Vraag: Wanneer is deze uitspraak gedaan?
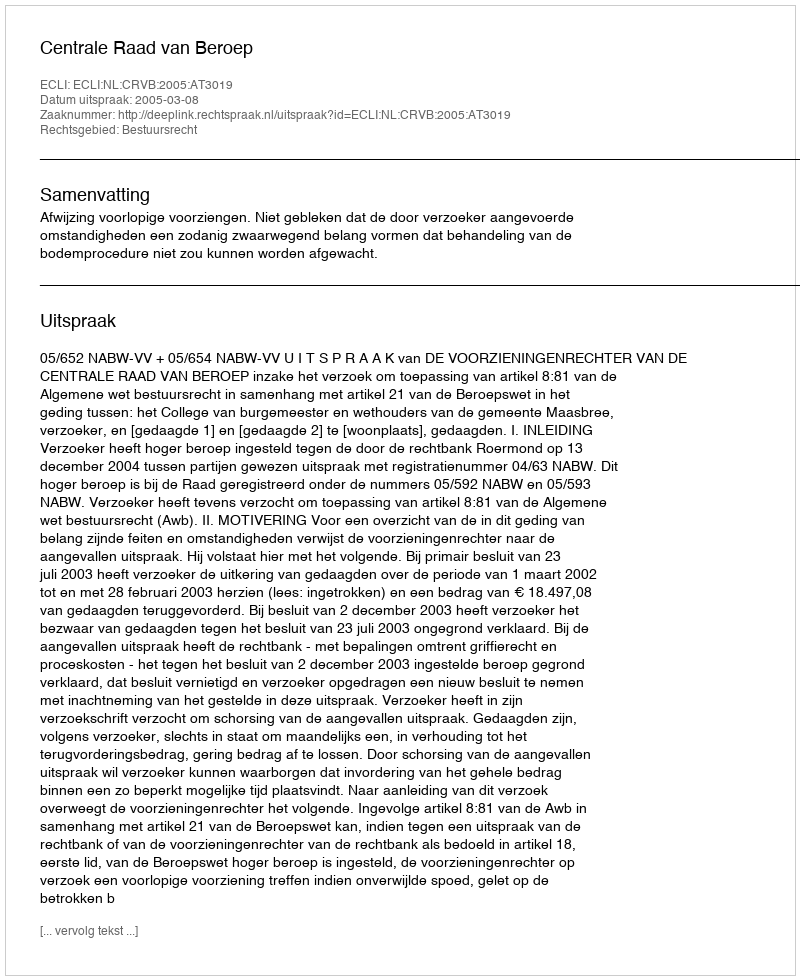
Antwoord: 2005-03-08